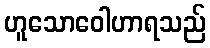
ဟူသောဝေါဟာရသည်